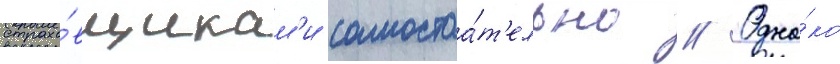
страхо́вщикам'и самостоа́т'ельно // Одна́ко